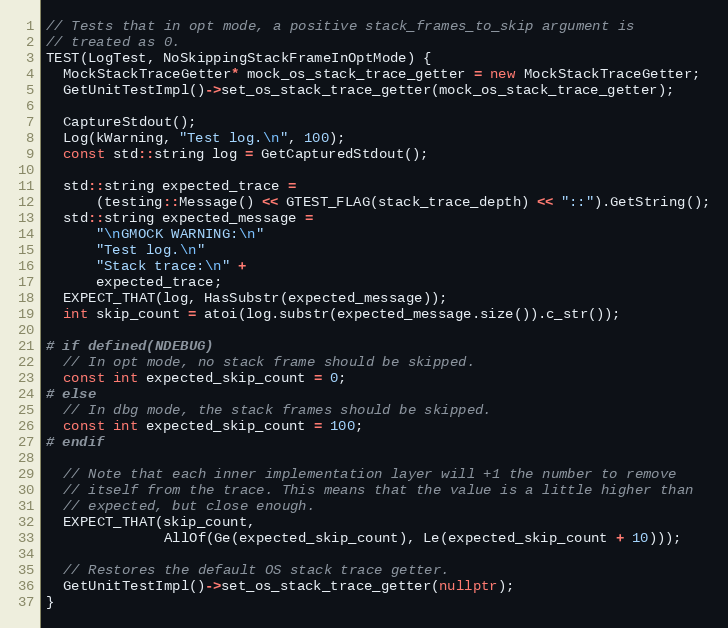
Language: C++
// Tests that in opt mode, a positive stack_frames_to_skip argument is
// treated as 0.
TEST(LogTest, NoSkippingStackFrameInOptMode) {
  MockStackTraceGetter* mock_os_stack_trace_getter = new MockStackTraceGetter;
  GetUnitTestImpl()->set_os_stack_trace_getter(mock_os_stack_trace_getter);

  CaptureStdout();
  Log(kWarning, "Test log.\n", 100);
  const std::string log = GetCapturedStdout();

  std::string expected_trace =
      (testing::Message() << GTEST_FLAG(stack_trace_depth) << "::").GetString();
  std::string expected_message =
      "\nGMOCK WARNING:\n"
      "Test log.\n"
      "Stack trace:\n" +
      expected_trace;
  EXPECT_THAT(log, HasSubstr(expected_message));
  int skip_count = atoi(log.substr(expected_message.size()).c_str());

# if defined(NDEBUG)
  // In opt mode, no stack frame should be skipped.
  const int expected_skip_count = 0;
# else
  // In dbg mode, the stack frames should be skipped.
  const int expected_skip_count = 100;
# endif

  // Note that each inner implementation layer will +1 the number to remove
  // itself from the trace. This means that the value is a little higher than
  // expected, but close enough.
  EXPECT_THAT(skip_count,
              AllOf(Ge(expected_skip_count), Le(expected_skip_count + 10)));

  // Restores the default OS stack trace getter.
  GetUnitTestImpl()->set_os_stack_trace_getter(nullptr);
}